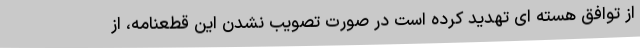
از توافق هسته ای تهدید کرده است در صورت تصویب نشدن این قطعنامه، از